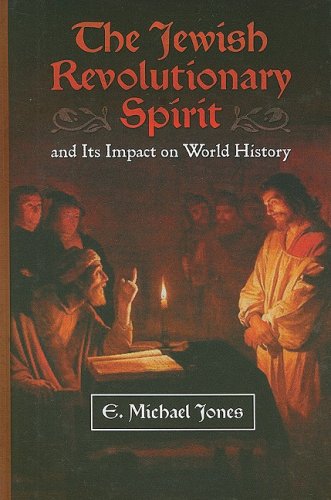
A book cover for The Jewish Revolutionary Spirit: And Its Impact on World History; E. Michael Jones; Religion & Spirituality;